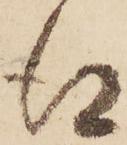
得